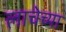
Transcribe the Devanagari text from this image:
लाचेच्या